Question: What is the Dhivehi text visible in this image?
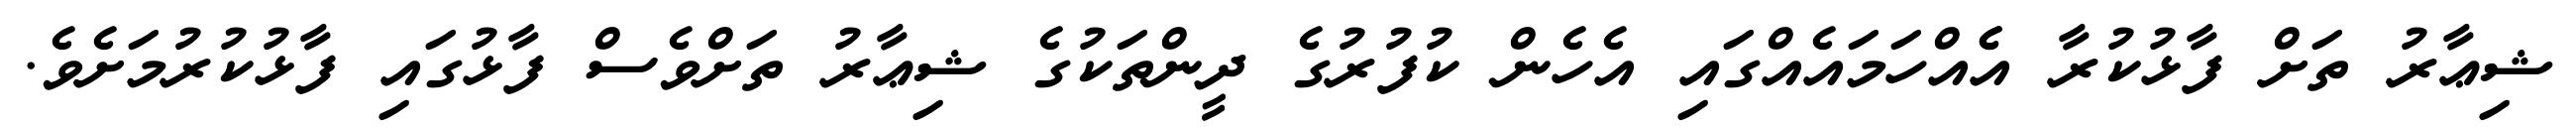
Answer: ޝިޢާރު ތަށް ފާޅުކުރާ އެެއްހަމައެއްގައި އެހެން ކުފުރުގެ ދީންތަކުގެ ޝިޢާރު ތަށްވެސް ފާޅުގައި ފާޅުކުރުމަށެވެ.